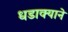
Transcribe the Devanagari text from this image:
धडाक्याने